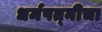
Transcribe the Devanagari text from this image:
धर्मपत्‍नीचा